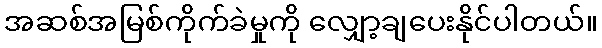
အဆစ်အမြစ်ကိုက်ခဲမှုကို လျှော့ချပေးနိုင်ပါတယ်။